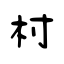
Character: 村